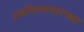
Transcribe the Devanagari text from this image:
बसविल्यासारख्या